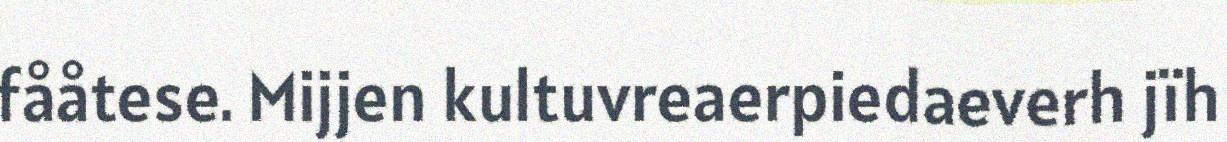
fååtese. Mijjen kultuvreaerpiedaeverh jïh